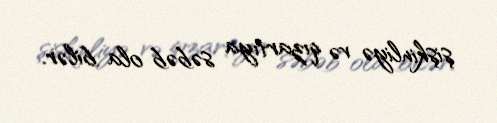
şişkinliyə və qızartıya səbəb ola bilər.